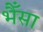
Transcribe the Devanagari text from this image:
भैँसा